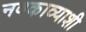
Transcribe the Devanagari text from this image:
नवकाव्याशी